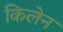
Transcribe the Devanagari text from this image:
किलेन